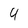
Character: 4